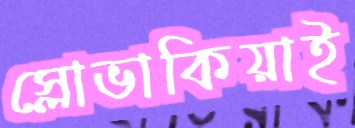
স্লোভাকিয়াই